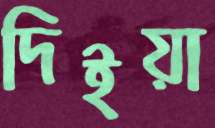
দিইয়া